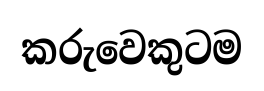
කරුවෙකුටම